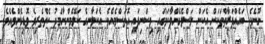
ނޫނެވެ. ބައެއްފަރާތްތަކަށް އެކަން ލަސްވެގެންވާކަމުގައި ވިސްނިފައި އޮތަސްމެއެވެ. އެކަލާނގެ ކަލޭމެންނާމެދު ކެތްތެރިވެ ވޮޑިގެންވެއެވެ.